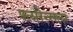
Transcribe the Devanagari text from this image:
फ्लॉरेन्सला